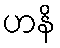
ဟနိ